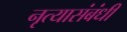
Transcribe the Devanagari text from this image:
नृत्यासंबंधी